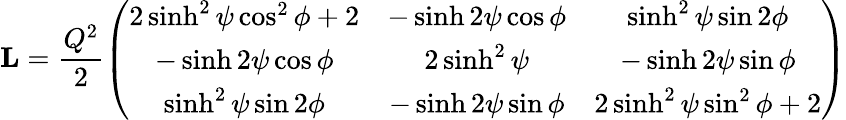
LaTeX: \mathbf{L}=\frac{Q^{2}}{2}\left(\begin{array}{ccc}{{2\sinh^{2}\psi\cos^{2}\phi+2}}&{{-\sinh 2\psi\cos\phi}}&{{\sinh^{2}\psi\sin 2\phi}}\\ {{-\sinh 2\psi\cos\phi}}&{{2\sinh^{2}\psi}}&{{-\sinh 2\psi\sin\phi}}\\ {{\sinh^{2}\psi\sin 2\phi}}&{{-\sinh 2\psi\sin\phi}}&{{2\sinh^{2}\psi\sin^{2}\phi+2}}\end{array}\right)